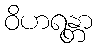
ဝိဟရန္တာ